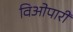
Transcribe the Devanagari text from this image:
विओपारी